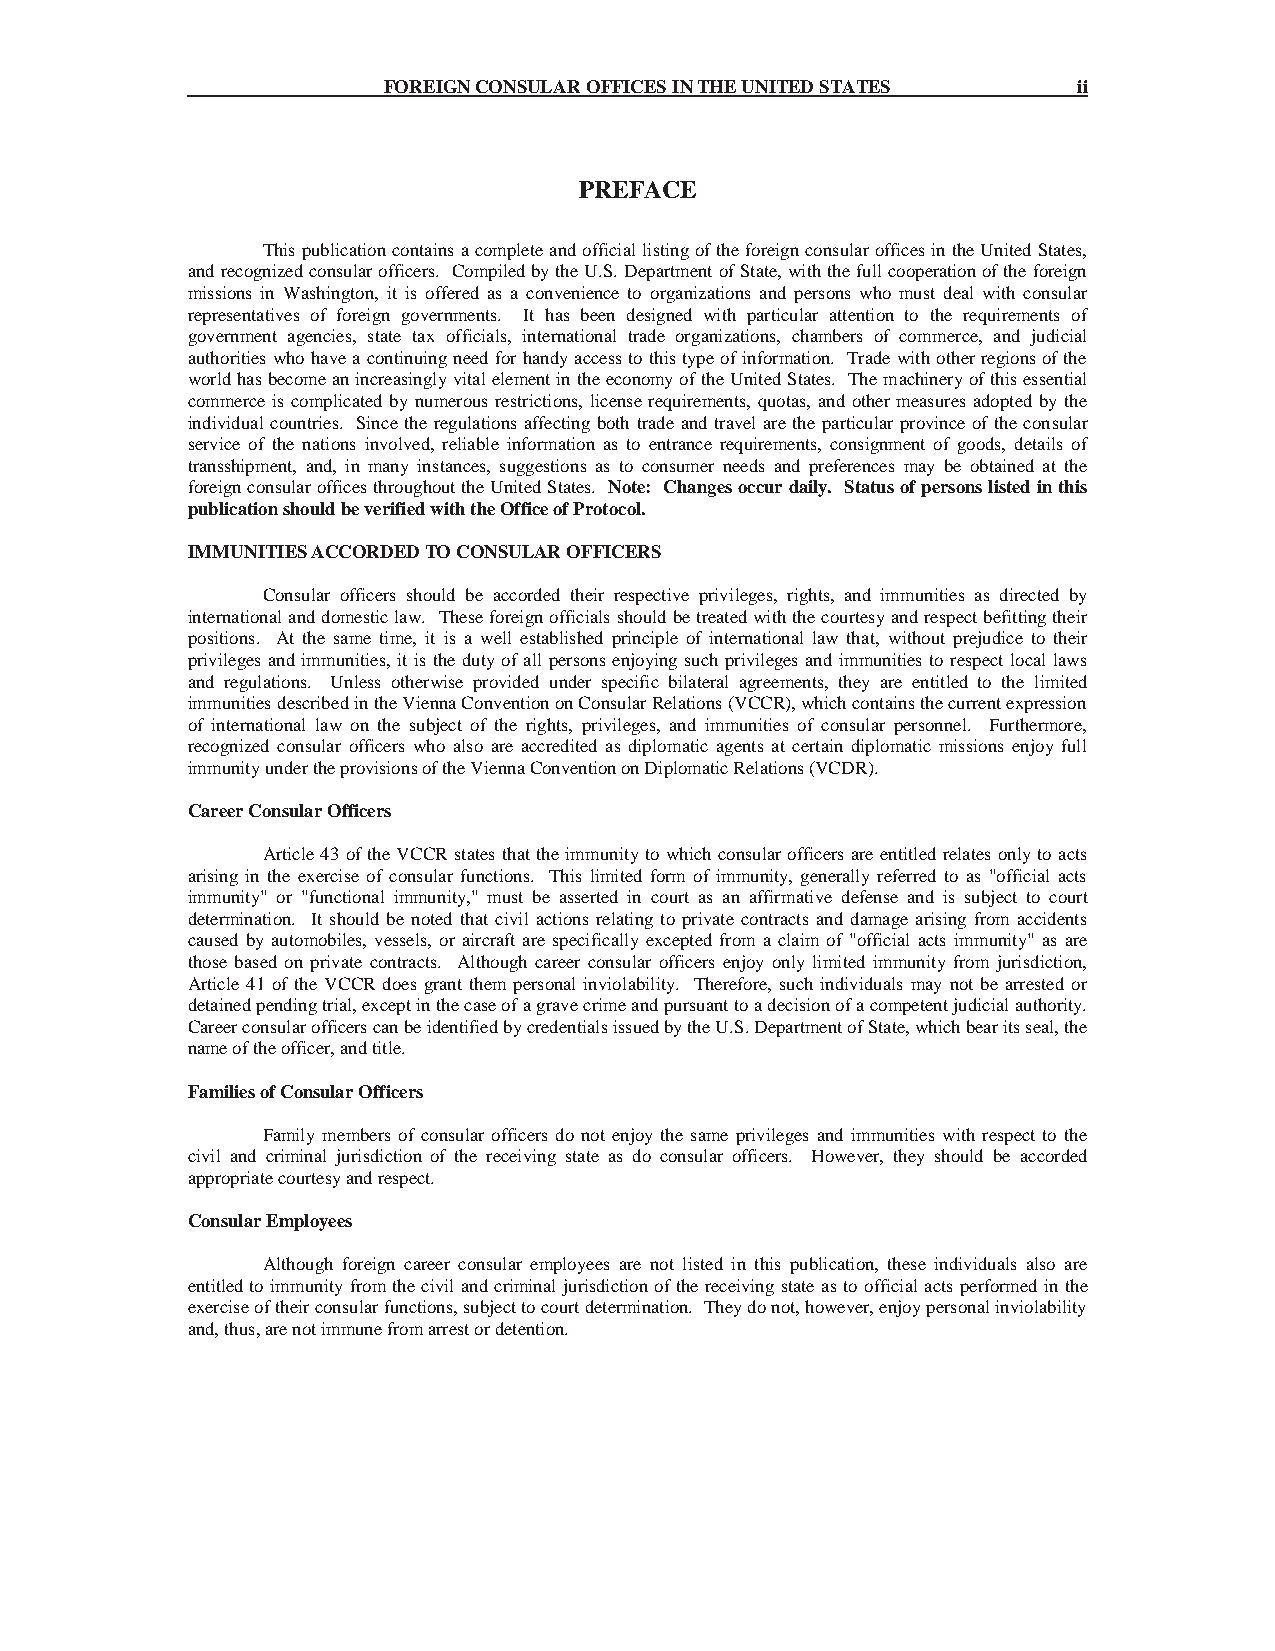
FOREIGN CONSULAR OFFICES IN THE UNITED STATES ii
 PREFACE
 This publication contains a complete and official listing of the foreign consular offices in the United States,
 and recognized consular officers. Compiled by the U.S. Department of State, with the full cooperation of the foreign
 missions in Washington, it is offered as a convenience to organizations and persons who must deal with consular
 representatives of foreign governments. It has been designed with particular attention to the requirements of
 government agencies, state tax officials, international trade organizations, chambers of commerce, and judicial
 authorities who have a continuing need for handy access to this type of information. Trade with other regions of the
 world has become an increasingly vital element in the economy of the United States. The machinery of this essential
 commerce is complicated by numerous restrictions, license requirements, quotas, and other measures adopted by the
 individual countries. Since the regulations affecting both trade and travel are the particular province of the consular
 service of the nations involved, reliable information as to entrance requirements, consignment of goods, details of
 transshipment, and, in many instances, suggestions as to consumer needs and preferences may be obtained at the
 foreign consular offices throughout the United States. Note: Changes occur daily. Status of persons listed in this
 publication should be verified with the Office of Protocol.
 IMMUNITIES ACCORDED TO CONSULAR OFFICERS
 Consular officers should be accorded their respective privileges, rights, and immunities as directed by
 international and domestic law. These foreign officials should be treated with the courtesy and respect befitting their
 positions. At the same time, it is a well established principle of international law that, without prejudice to their
 privileges and immunities, it is the duty of all persons enjoying such privileges and immunities to respect local laws
 and regulations. Unless otherwise provided under specific bilateral agreements, they are entitled to the limited
 immunities described in the Vienna Convention on Consular Relations (VCCR), which contains the current expression
 of international law on the subject of the rights, privileges, and immunities of consular personnel. Furthermore,
 recognized consular officers who also are accredited as diplomatic agents at certain diplomatic missions enjoy full
 immunity under the provisions of the Vienna Convention on Diplomatic Relations (VCDR).
 Career Consular Officers
 Article 43 of the VCCR states that the immunity to which consular officers are entitled relates only to acts
 arising in the exercise of consular functions. This limited form of immunity, generally referred to as "official acts
 immunity" or "functional immunity," must be asserted in court as an affirmative defense and is subject to court
 determination. It should be noted that civil actions relating to private contracts and damage arising from accidents
 caused by automobiles, vessels, or aircraft are specifically excepted from a claim of "official acts immunity" as are
 those based on private contracts. Although career consular officers enjoy only limited immunity from jurisdiction,
 Article 41 of the VCCR does grant them personal inviolability. Therefore, such individuals may not be arrested or
 detained pending trial, except in the case of a grave crime and pursuant to a decision of a competent judicial authority.
 Career consular officers can be identified by credentials issued by the U.S. Department of State, which bear its seal, the
 name of the officer, and title.
 Families of Consular Officers
 Family members of consular officers do not enjoy the same privileges and immunities with respect to the
 civil and criminal jurisdiction of the receiving state as do consular officers. However, they should be accorded
 appropriate courtesy and respect.
 Consular Employees
 Although foreign career consular employees are not listed in this publication, these individuals also are
 entitled to immunity from the civil and criminal jurisdiction of the receiving state as to official acts performed in the
 exercise of their consular functions, subject to court determination. They do not, however, enjoy personal inviolability
 and, thus, are not immune from arrest or detention.